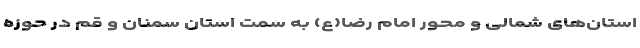
استان‌های شمالی و محور امام رضا(ع) به سمت استان سمنان و قم در حوزه